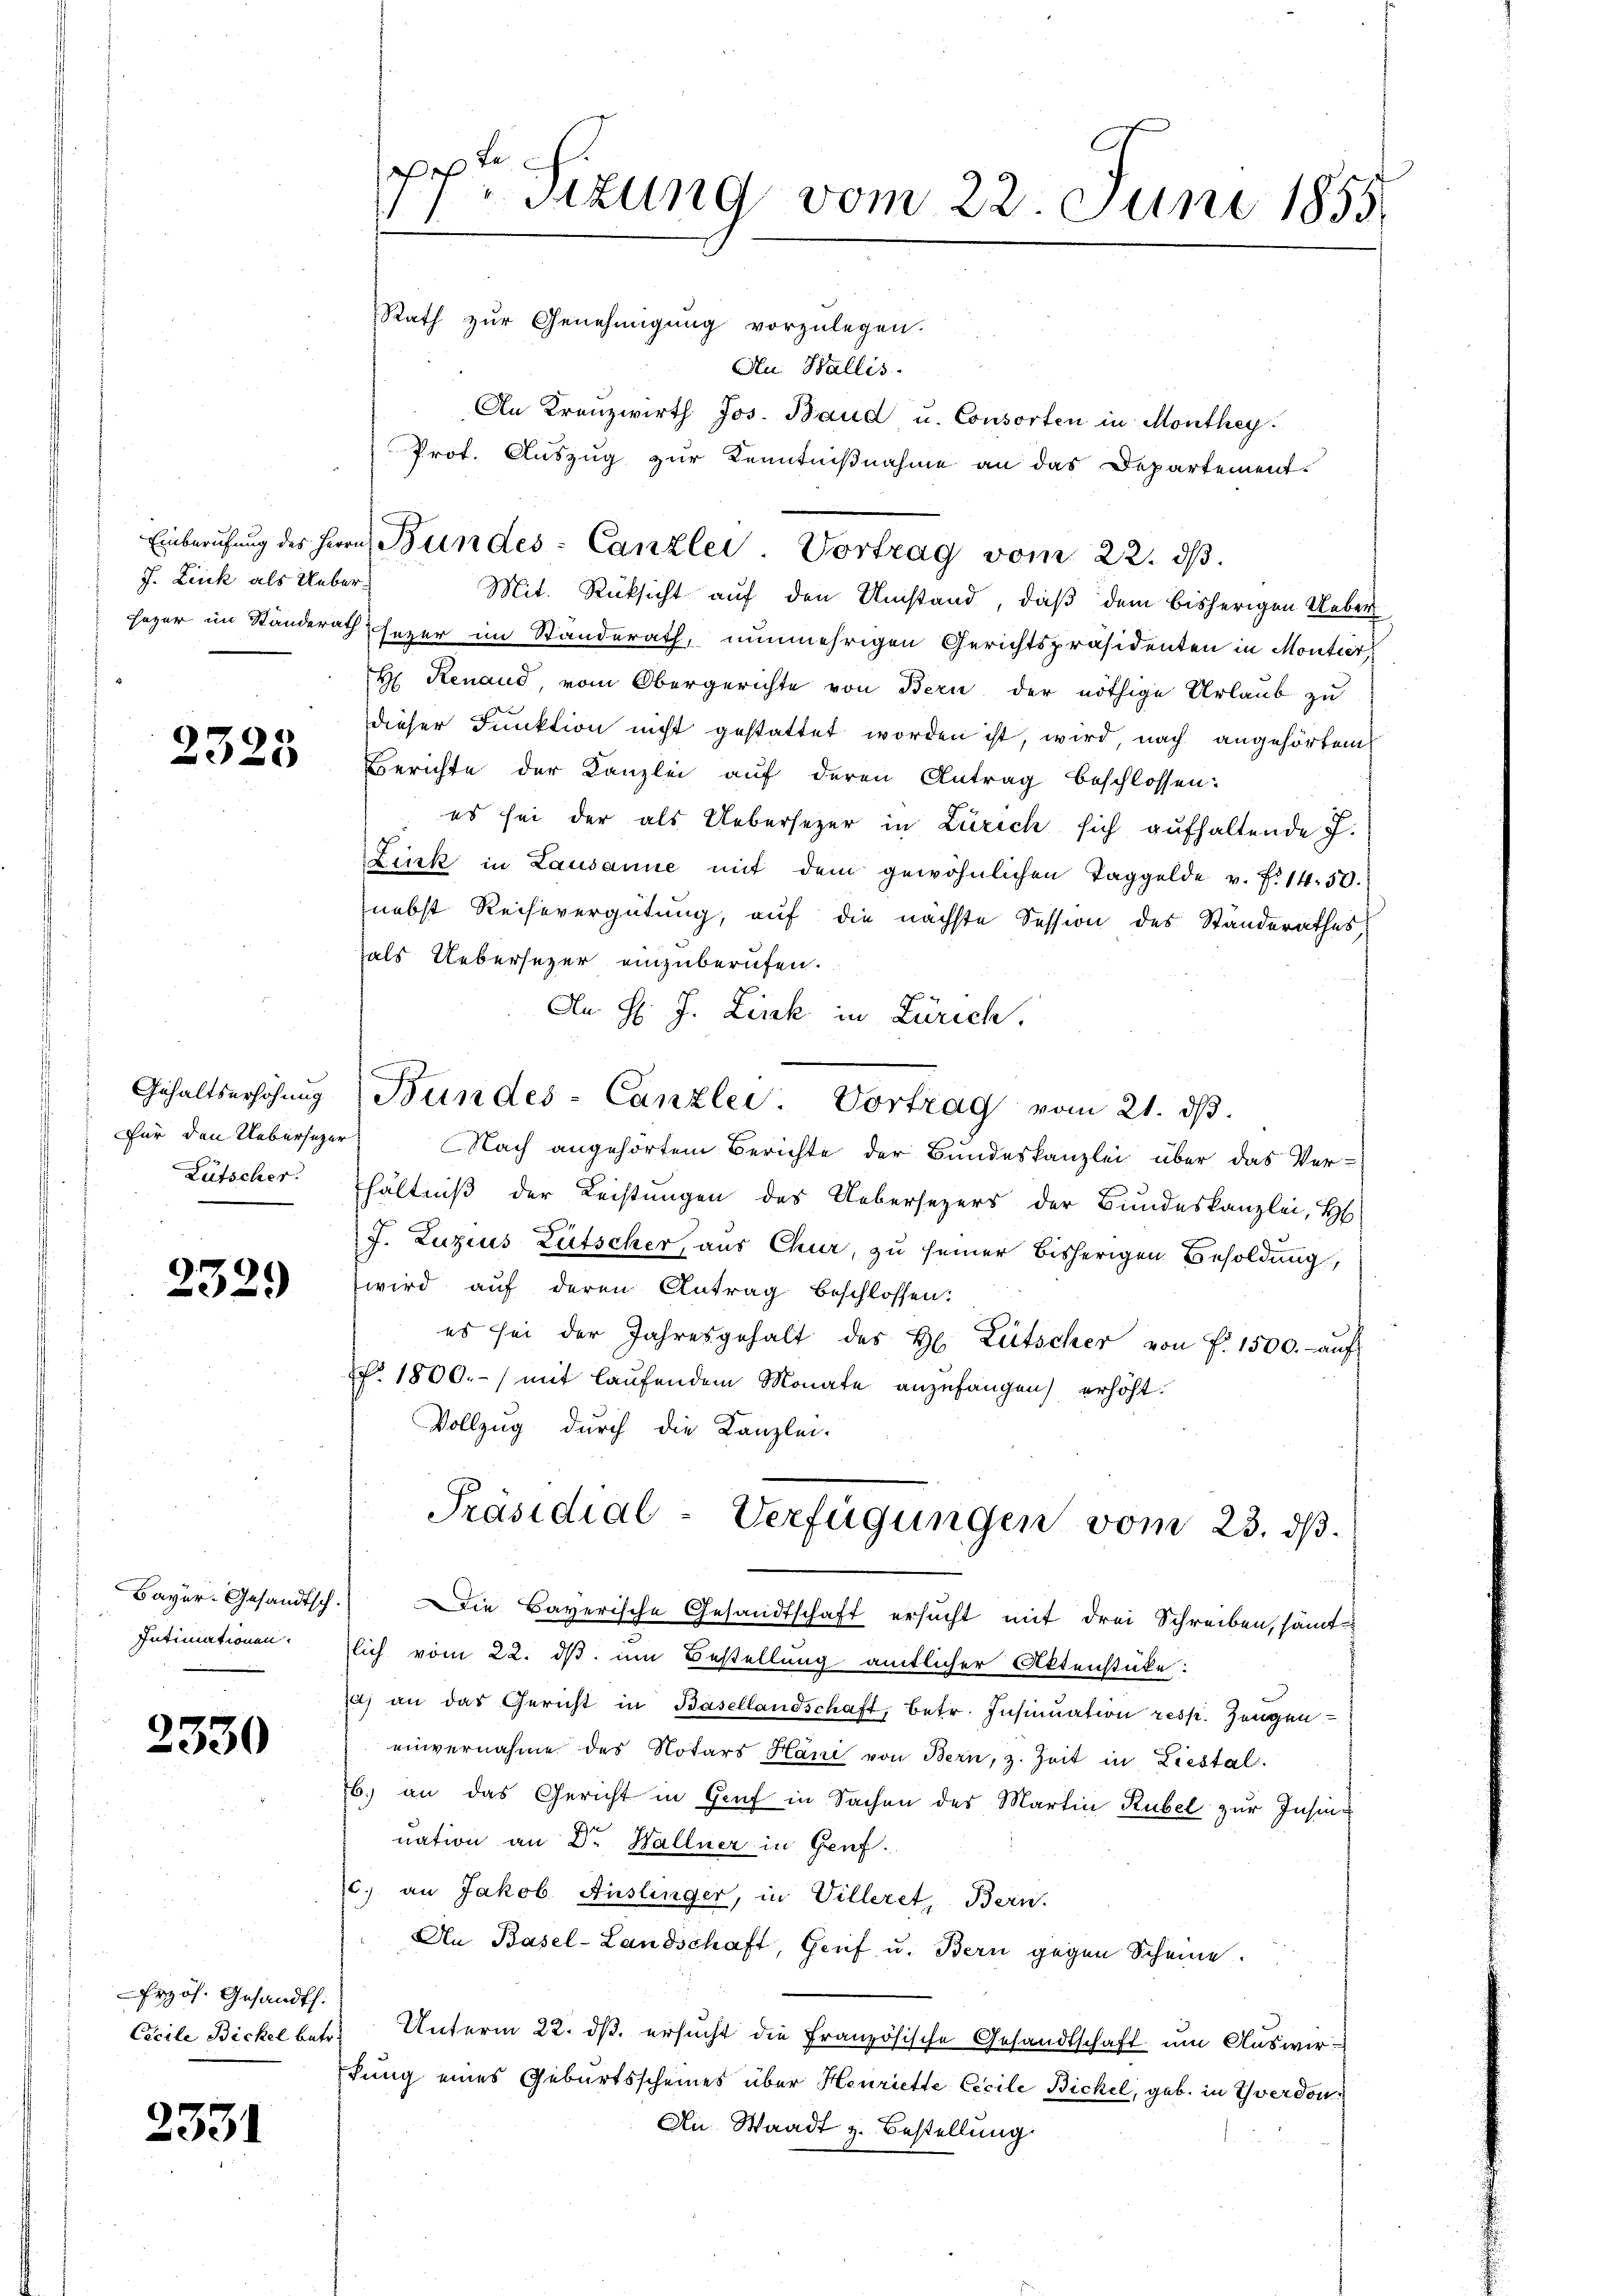
J. Link als Ueber¬

2325

Gehaltserhöhung
Lütscher.

2329

Bayer-Gesandtsch.
Intimationen.

2330

rzös. Gesandt:
Cicile Bickel bete

2331

a
Sizung vom 22. Juni 1855.
Rath zur Genehmigung vorzulegen.

Au Wallis.
An Kreuzwirth Jos. Baud u. Consorten in Monthey
Mit. Rücksicht auf den Umstand, daß dem bisherigen Ueber
heger im Standerath heger im Standerath, nunmehrigen Gerichtspräsidenten in Montier
H. Renaud, vom Obergerichte von Bern der nöthige Urlaub zu
dieser Funktion nicht gestattet worden ist, wird, nach angehörtem
Berichte der Kanzlei auf deren Antrag beschlossen:
es sei der als Uebersezer in Zürich sich aufhaltende J.
Zins in Lausanne mit dem gewöhnlichen Taggelde v. f. 14. 50.
nebst Reisevergütung, auf die nächste Session des Standerathes
als Uebersezer einzuberufen.
An H: J. Link in Zürich.
Für den Uebersezer, Nach angehörtem Berichte der Bundeskanzlei über das Ver-
hältniß der Leistungen des Uebersezers der Bundeskanzlei, H
J. Luzius Lütscher, aus Chur, zu seiner bisherigen Besoldung,
wird auf deren Antrag beschlossen:
es sei der Jahresgehalt des H. Lütscher von f. 1500.- aŭf
ff. 1800.-) mit laufendem Monate anzufangen) erhöht.
Vollzug durch die Kanzlei-
Präsidial-Verfügungen vom 23. ds.
Die Bayerische Gesandtschaft ersucht mit drei Schreiben, sämt
lich vom 22. ds. um Bestellung amtlicher Aktenstücke:
) an das Gericht in Basellandschaft, betr. Insinuation resp. Zeugen
einvernahme des Notars Hani von Bern, z. Zeit in Liestal
b) an das Gericht in Genf in Sachen des Martin Rubel zur Insinuation an Dr. Hallner in Genf.
c. an Jakob Auslinger, in Villeret, Bern.
An Basel-Landschaft, Genf u. Bern gegen Scheine.
Unterm 22. ds. ersucht die Französische Gesandtschaft um Auswirfung eines Geburtsscheines über Henriette Cecile Bickel, geb. in Yverdon
An Waadt z. Bestellung

Prot. Auszug zur Kenntnißnahme an das Departement.
Einberufung des Herrn Bundes-Canzlei Vortrag vom 22. ds.

Bundes-Canzlei Vortrag vom 21. dβ.